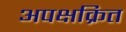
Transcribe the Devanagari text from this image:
अपक्षक्रित